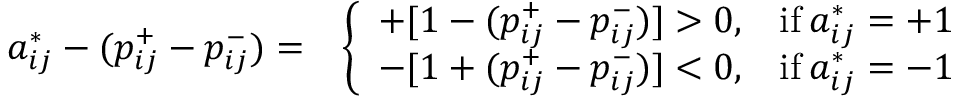
\begin{array} { r l } { a _ { i j } ^ { * } - ( p _ { i j } ^ { + } - p _ { i j } ^ { - } ) = } & { \left\{ \begin{array} { l l } { + [ 1 - ( p _ { i j } ^ { + } - p _ { i j } ^ { - } ) ] > 0 , } & { \mathrm { i f } \: a _ { i j } ^ { * } = + 1 } \\ { - [ 1 + ( p _ { i j } ^ { + } - p _ { i j } ^ { - } ) ] < 0 , } & { \mathrm { i f } \: a _ { i j } ^ { * } = - 1 } \end{array} \right. } \end{array}